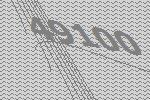
49100